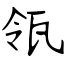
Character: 瓴